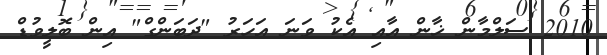
2010 ސަލްމާން ޚާން އާއި އެކު ވަނަ އަހަރު "ދަބަންގް" އިން ބޮލީވުޑް